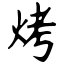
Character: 烤